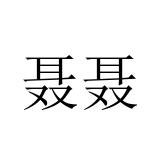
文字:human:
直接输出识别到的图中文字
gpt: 聂聂